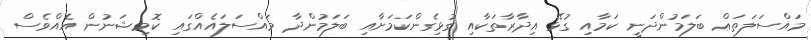
މައްސަލަތަޢް ބަލަމުންދަނީ ކަމާއި ގުޅޭ އިދާރާތަކާއި ގުޅިގެންކަމަށާއި ބަލަމުންދާ މައްސަލައެއްގައި ކޮމިޝަނުން އެއްވެސް